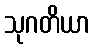
သုဂတိယာ